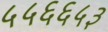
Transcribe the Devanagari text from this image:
५५६६५३